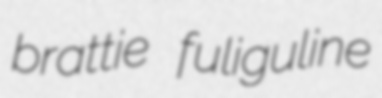
brattie fuliguline